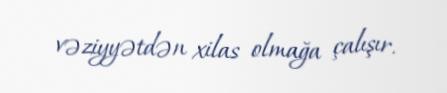
vəziyyətdən xilas olmağa çalışır.